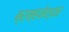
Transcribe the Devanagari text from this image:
ब्रम्हनेश्वर